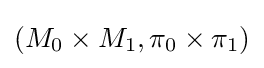
(M_{0}\times M_{1},\pi _{0}\times \pi _{1})